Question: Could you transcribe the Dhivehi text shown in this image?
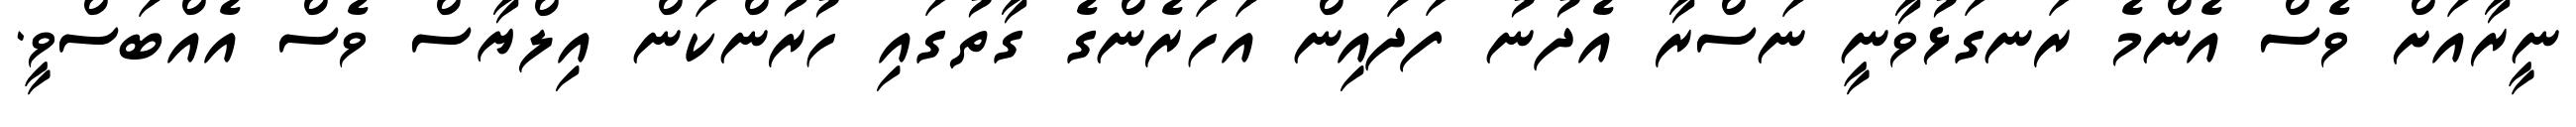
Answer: ނީރާއަށް ވެސް އެންމެ ރަނގަޅުވާނީ ނަސްރާ އެދުނު ފަދައިން އަހަރެންގެ ގާތުގައި ހުރުންކަން އިލްޔާސް ވެސް އެއްބަސްވީ.